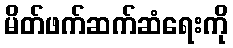
မိတ်ဖက်ဆက်ဆံရေးကို